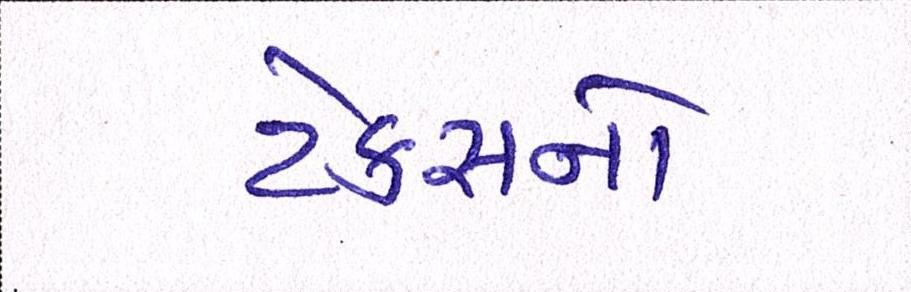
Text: ટેકસનો